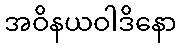
အဝိနယဝါဒိနော